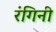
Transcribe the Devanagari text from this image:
रंगिनी